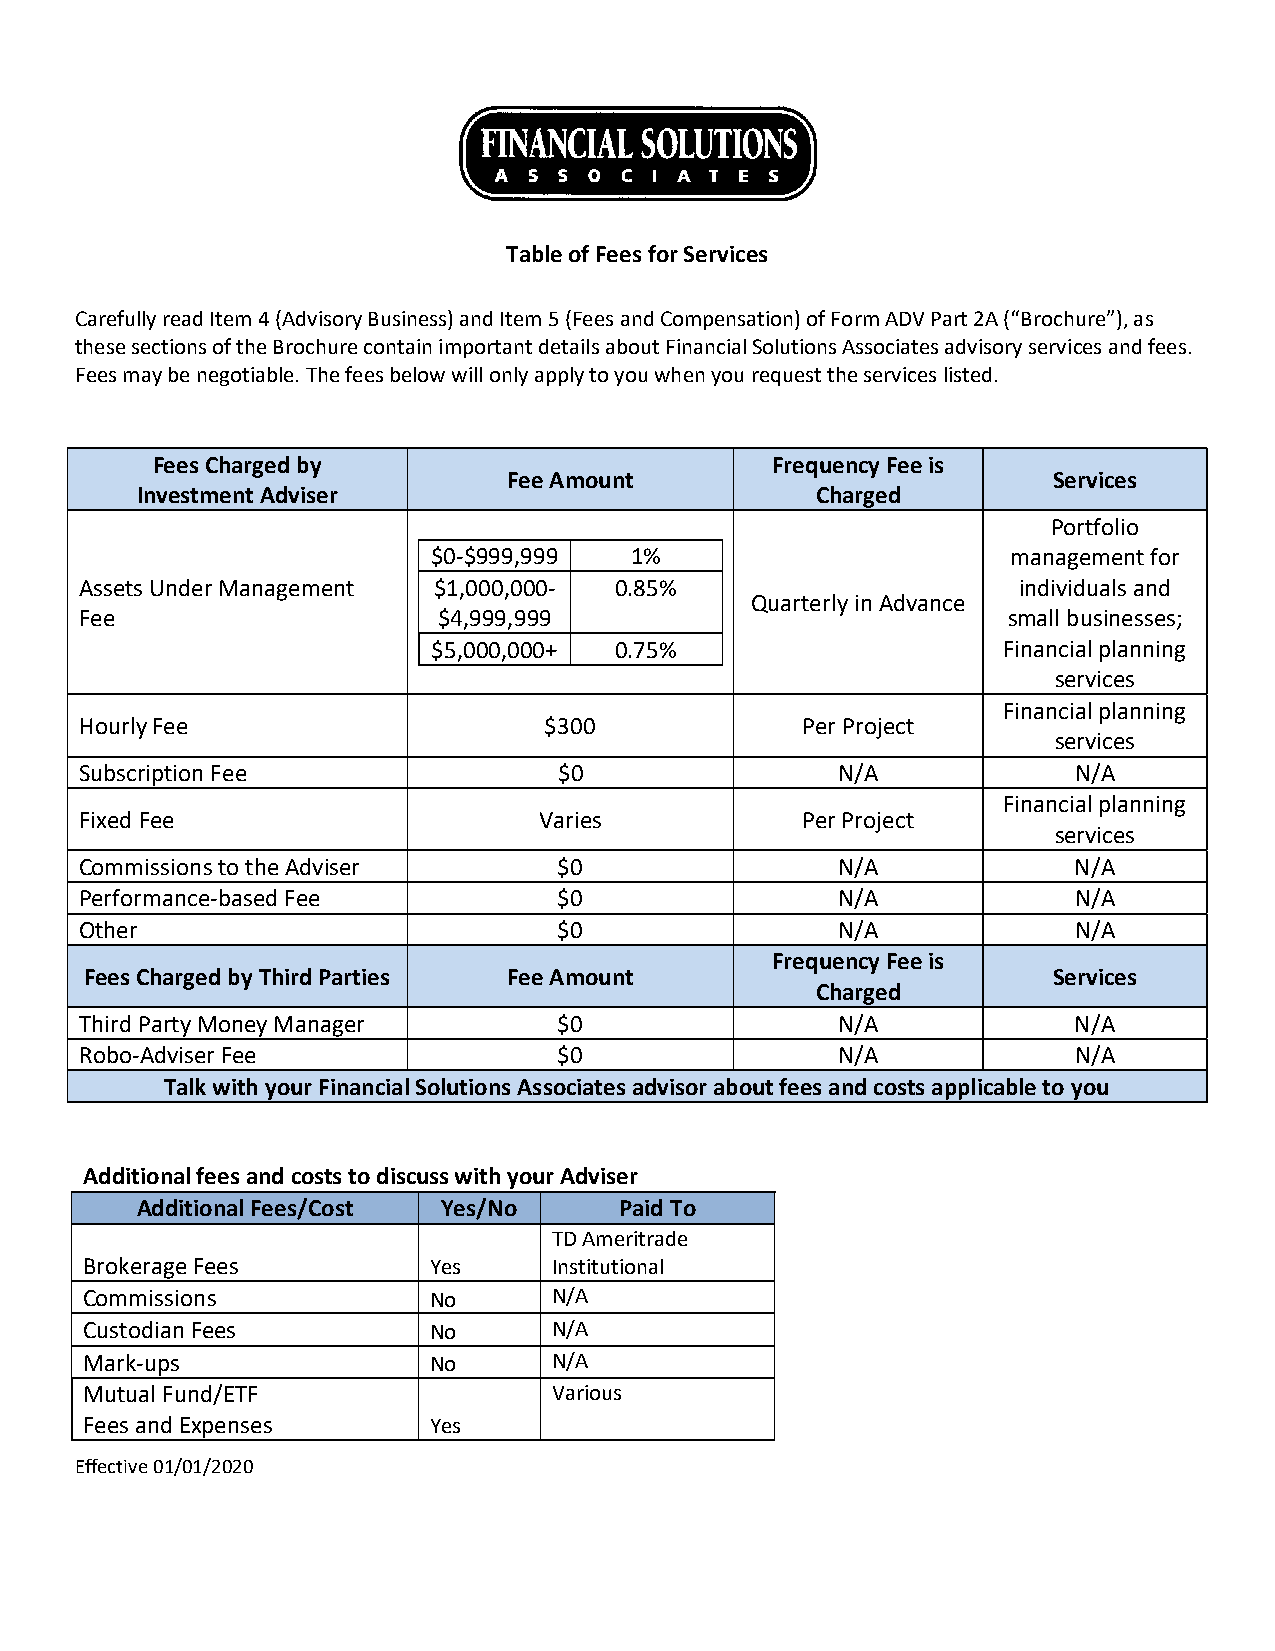
Table of Fees for Services
 Carefully read Item 4 (Advisory Business) and Item 5 (Fees and Compensation) of Form ADV Part 2A (“Brochure”), as
 these sections of the Brochure contain important details about Financial Solutions Associates advisory services and fees.
 Fees may be negotiable. The fees below will only apply to you when you request the services listed.
 Fees Charged by                          Frequency Fee is
 Fee Amount                          Services
 Investment Adviser                           Charged
 Portfolio
 $0-$999,999  1%                       management for
 Assets Under Management $1,000,000- 0.85%                     individuals and
 Quarterly in Advance
 Fee                     $4,999,999                            small businesses;
 $5,000,000+ 0.75%                    Financial planning
 services
 Financial planning
 Hourly Fee                     $300             Per Project
 services
 Subscription Fee                $0                N/A             N/A
 Financial planning
 Fixed Fee                      Varies           Per Project
 services
 Commissions to the Adviser      $0                N/A             N/A
 Performance-based Fee           $0                N/A             N/A
 Other                           $0                N/A             N/A
 Frequency Fee is
 Fees Charged by Third Parties Fee Amount                        Services
 Charged
 Third Party Money Manager       $0                N/A             N/A
 Robo-Adviser Fee                $0                N/A             N/A
 Talk with your Financial Solutions Associates advisor about fees and costs applicable to you
 Additional fees and costs to discuss with your Adviser
 Additional Fees/Cost Yes/No     Paid To
 TD Ameritrade
 Brokerage Fees         Yes      Institutional
 Commissions            No       N/A
 Custodian Fees         No       N/A
 Mark-ups               No       N/A
 Mutual Fund/ETF                 Various
 Fees and Expenses      Yes
 Effective 01/01/2020